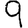
Digit: 9